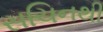
સચિનથી